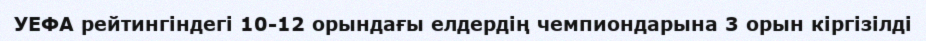
УЕФА рейтингіндегі 10-12 орындағы елдердің чемпиондарына 3 орын кіргізілді